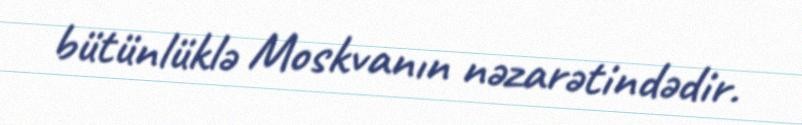
bütünlüklə Moskvanın nəzarətindədir.